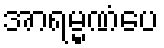
အာရမ္မဏံပေ